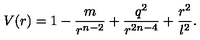
V ( r ) = 1 - \frac { m } { r ^ { n - 2 } } + \frac { q ^ { 2 } } { r ^ { 2 n - 4 } } + \frac { r ^ { 2 } } { l ^ { 2 } } .